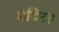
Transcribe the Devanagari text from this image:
मंदिर३